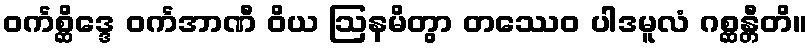
ဝင်္ကစ္ဆိဒ္ဒေ ဝင်္ကအာဏီ ဝိယ ဩနမိတွာ တဿေဝ ပါဒမူလံ ဂစ္ဆန္တီတိ။